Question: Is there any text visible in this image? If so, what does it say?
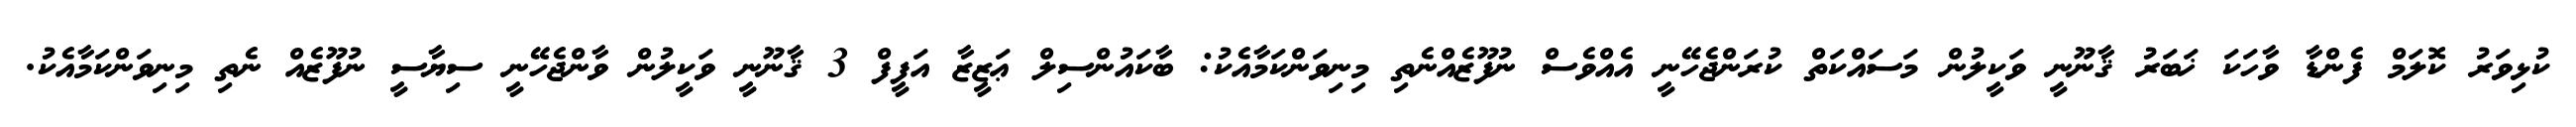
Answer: ކުޅިވަރު ކޮލަމް ފެންޑާ ވާހަކަ ޚަބަރު ޤާނޫނީ ވަކީލުން މަސައްކަތް ކުރަންޖެހޭނީ އެއްވެސް ނުފޫޒެއްނެތި މިނިވަންކަމާއެކު: ބާކައުންސިލް ޢަޒީޒާ އަފީފް 3 ޤާނޫނީ ވަކީލުން ވާންޖެހޭނީ ސިޔާސީ ނުފޫޒެއް ނެތި މިނިވަންކަމާއެކު.